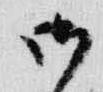
御